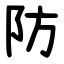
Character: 防